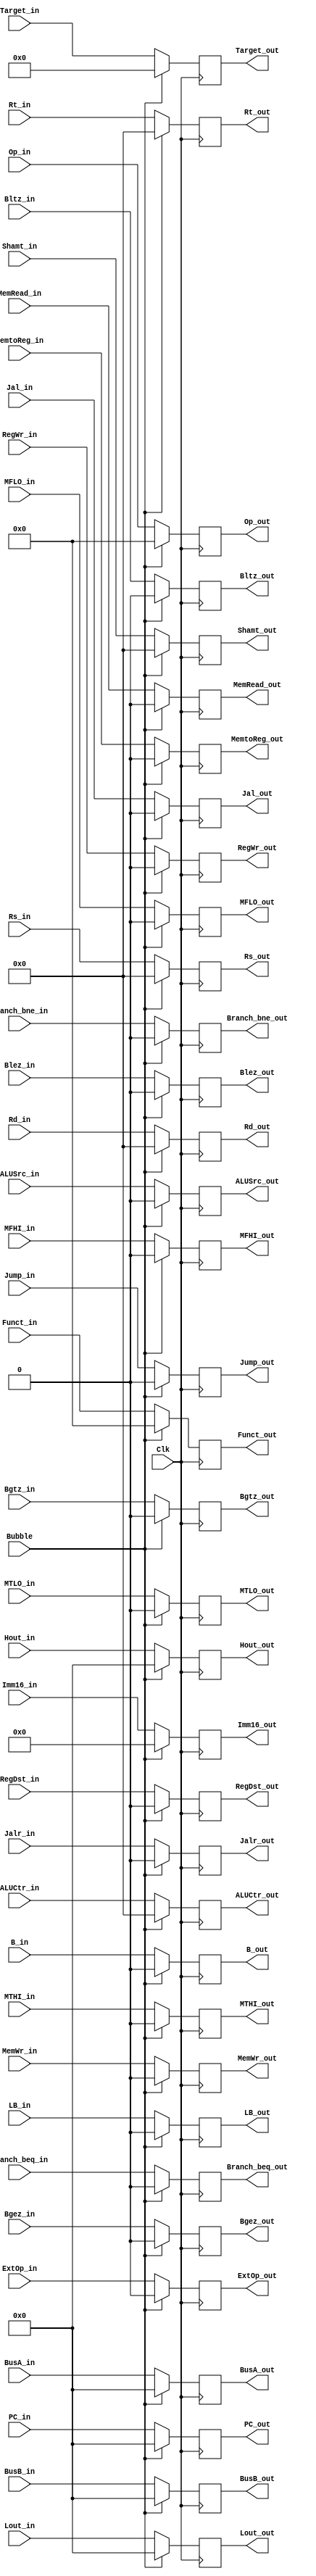
//ALU
module IDEXReg(
	input Clk,
	input Bubble,
	input Branch_beq_in,										//
	input Branch_bne_in,
	input Jump_in,
	input RegDst_in,
	input ALUSrc_in,
	input MemtoReg_in,
	input RegWr_in,
	input MemWr_in,
	input ExtOp_in,
	input MemRead_in,
	input Bgez_in,
	input Bgtz_in,
	input Blez_in,
	input Bltz_in,
	input Jalr_in,
	input Jal_in,
	input B_in,
	input LB_in,
	input MFLO_in,
	input MFHI_in,
	input MTLO_in,
	input MTHI_in,
	input [4:0] ALUCtr_in,
	input [31:0] Lout_in,
	input [31:0] Hout_in,
	input [31:0] PC_in,
	input [25:0] Target_in,
	input [15:0] Imm16_in,
	input [31:0] BusA_in,
	input [31:0] BusB_in,
	input [4:0] Rs_in,
	input [4:0] Rt_in,											//Rw
	input [4:0] Rd_in,
	input [4:0] Shamt_in,										//
	input [5:0] Op_in,											//Op
	input [5:0] Funct_in,
	

	output reg Branch_beq_out,										//
	output reg Branch_bne_out,
	output reg Jump_out,
	output reg RegDst_out,
	output reg ALUSrc_out,
	output reg MemtoReg_out,
	output reg RegWr_out,
	output reg MemWr_out,
	output reg ExtOp_out,
	output reg MemRead_out,
	output reg Bgez_out,
	output reg Bgtz_out,
	output reg Blez_out,
	output reg Bltz_out,
	output reg Jalr_out,
	output reg Jal_out,
	output reg B_out,
	output reg LB_out,
	output reg MFLO_out,
	output reg MFHI_out,
	output reg MTLO_out,
	output reg MTHI_out,
	output reg [4:0] ALUCtr_out,
	output reg [31:0] Lout_out,
	output reg [31:0] Hout_out,
	output reg [31:0] PC_out,
	output reg [25:0] Target_out,
	output reg [15:0] Imm16_out,
	output reg [31:0] BusA_out,
	output reg [31:0] BusB_out,
	output reg [4:0] Rs_out,
	output reg [4:0] Rt_out,											//Rw
	output reg [4:0] Rd_out,
	output reg [4:0] Shamt_out,										//
	output reg [5:0] Op_out,											//Op
	output reg [5:0] Funct_out
);
//
initial begin
	PC_out<=0;
	Target_out<=0;
	Imm16_out<=0;
	BusA_out<=0;
	BusB_out<=0;
	Rs_out<=0;
	Rt_out<=0;												
	Rd_out<=0;
	Shamt_out<=0;										
	Op_out<=0;												
	Funct_out<=0;
	Branch_beq_out<=0;										
	Branch_bne_out<=0;
	Jump_out<=0;
	RegDst_out<=0;
	ALUSrc_out<=0;
	MemtoReg_out<=0;
	RegWr_out<=0;
	MemWr_out<=0;
	ExtOp_out<=0;
	ALUCtr_out<=0;
	MemRead_out<=0;
	Bgez_out<=0;
	Bgtz_out<=0;
	Blez_out<=0;
	Bltz_out<=0;
	Jalr_out<=0;
	Jal_out<=0;
	B_out<=0;
	LB_out<=0;
	MFLO_out<=0;
	MFHI_out<=0;
	MTLO_out<=0;
	MTHI_out<=0;
	Lout_out<=0;
	Hout_out<=0;
end

always@(posedge Clk) begin
	if(Bubble==1) begin
		PC_out<=0;
		Target_out<=0;
		Imm16_out<=0;
		BusA_out<=0;
		BusB_out<=0;
		Rs_out<=0;
		Rt_out<=0;												
		Rd_out<=0;
		Shamt_out<=0;										
		Op_out<=0;												
		Funct_out<=0;
		Branch_beq_out<=0;										
		Branch_bne_out<=0;
		Jump_out<=0;
		RegDst_out<=0;
		ALUSrc_out<=0;
		MemtoReg_out<=0;
		RegWr_out<=0;
		MemWr_out<=0;
		ExtOp_out<=0;
		ALUCtr_out<=0;
		MemRead_out<=0;
		Bgez_out<=0;
		Bgtz_out<=0;
		Blez_out<=0;
		Bltz_out<=0;
		Jalr_out<=0;
		Jal_out<=0;
		B_out<=0;
		LB_out<=0;
		MFLO_out<=0;
		MFHI_out<=0;
		MTLO_out<=0;
		MTHI_out<=0;
		Lout_out<=0;
		Hout_out<=0;
	end
	else begin																
		PC_out<=PC_in;
		Target_out<=Target_in;
		Imm16_out<=Imm16_in;
		BusA_out<=BusA_in;
		BusB_out<=BusB_in;
		Rs_out<=Rs_in;
		Rt_out<=Rt_in;												
		Rd_out<=Rd_in;
		Shamt_out<=Shamt_in;										
		Op_out<=Op_in;												
		Funct_out<=Funct_in;
		Branch_beq_out<=Branch_beq_in;										
		Branch_bne_out<=Branch_bne_in;
		Jump_out<=Jump_in;
		RegDst_out<=RegDst_in;
		ALUSrc_out<=ALUSrc_in;
		MemtoReg_out<=MemtoReg_in;
		RegWr_out<=RegWr_in;
		MemWr_out<=MemWr_in;
		ExtOp_out<=ExtOp_in;
		ALUCtr_out<=ALUCtr_in;
		MemRead_out<=MemRead_in;
		Bgez_out<=Bgez_in;
		Bgtz_out<=Bgtz_in;
		Blez_out<=Blez_in;
		Bltz_out<=Bltz_in;
		Jalr_out<=Jalr_in;
		Jal_out<=Jal_in;
		B_out<=B_in;
		LB_out<=LB_in;
		MFLO_out<=MFLO_in;
		MFHI_out<=MFHI_in;
		MTLO_out<=MTLO_in;
		MTHI_out<=MTHI_in;
		Lout_out<=Lout_in;
		Hout_out<=Hout_in;
	end
end
endmodule